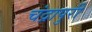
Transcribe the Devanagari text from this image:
चंद्रापुरी